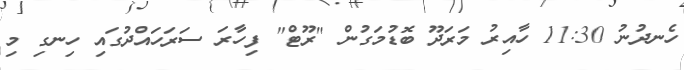
ހެނދުނު 11:30 ހާއިރު މަރަދޫ ބޮޑުމަގުން "ރޫޓް" ފިހާރަ ސަރަހައްދުގައި ހިނގި މި